Taavet_Bergmanni_abiraha_sihtasutus, lk 3
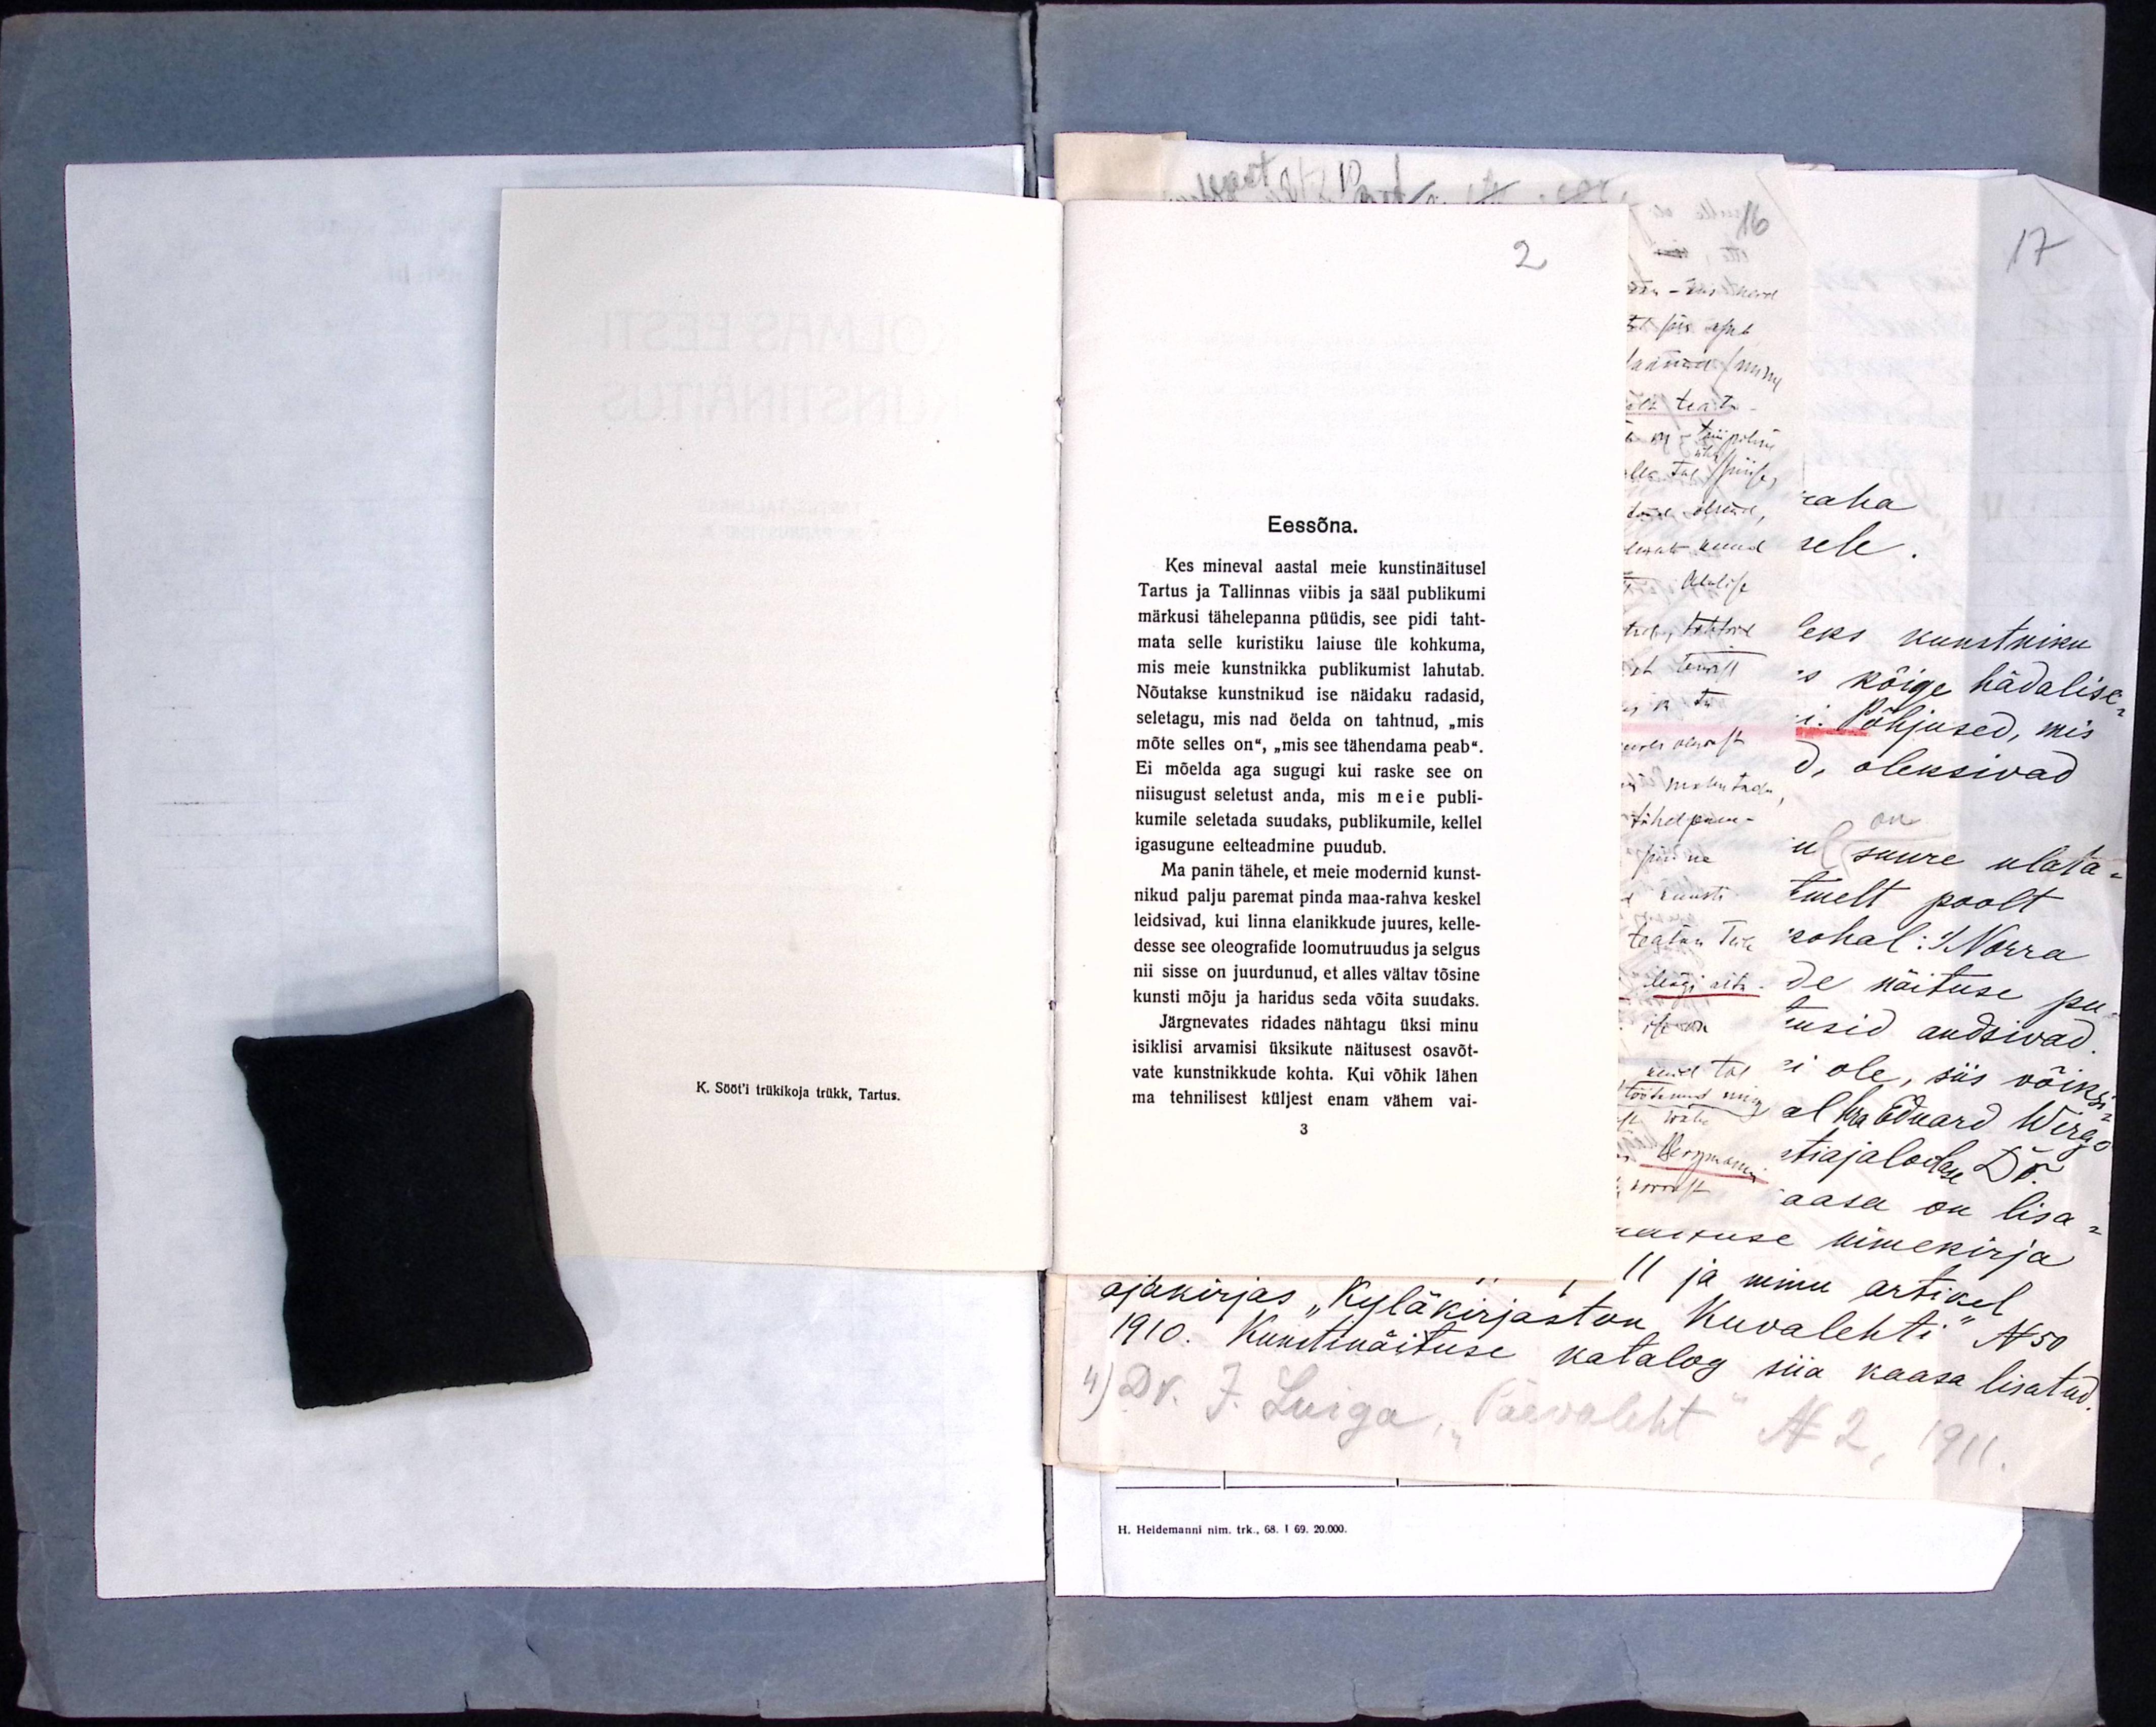
2
Eessõna.
Kes mineval aastal meie kunstinäitusel
Tartus ja Tallinnas viibis ja sääl publikumi
märkusi tähelepanna püüdis, see pidi taht-
mata selle kuristiku laiuse üle kohkuma,
mis meie kunstnikka publikumist lahutab.
Nõutakse kunstnikud ise näidaku radasid,
seletagu, mis nad öelda on tahtnud, „mis
mõte selles on", „mis see tähendama peab".
Ei mõelda aga sugugi kui raske see on
niisugust seletust anda, mis meie publi-
kumile seletada suudaks, publikumile, kellel
igasugune eelteadmine puudub.
Ma panin tähele, et meie modernid kunst-
nikud palju paremat pinda maa-rahva keskel
leidsivad, kui linna elanikkude juures, kelle-
desse see oleografide loomutruudus ja selgus
nii sisse on juurdunud, et alles vältav tõsine
kunsti mõju ja haridus seda võita suudaks.
Järgnevates ridades nähtagu üksi minu
isiklisi arvamisi üksikute näitusest osavõt-
vate kunstnikkude kohta. Kui võhik lähen
ma tehnilisest küljest enam vähem vai-
3

K. Sööt'i trükikoja trükk, Tartus.